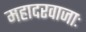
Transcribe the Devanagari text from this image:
महादरवाजाः